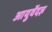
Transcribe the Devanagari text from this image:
आयुर्वेदज्ञ